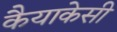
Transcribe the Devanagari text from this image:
कैयाकेसी